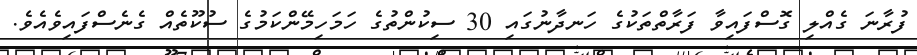
ފުރާނަ ގެއްލި ގޮސްފައިވާ ފަރާތްތަކުގެ ހަނދާނުގައި 30 ސިކުންތުގެ ހަމަހިމޭންކަމުގެ ސުކޫތެއް ގެނެސްފައިވެއެވެ.